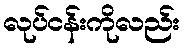
လုပ်ငန်းကိုလည်း